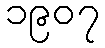
၁၉၀၇